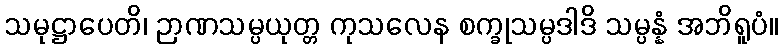
သမုဋ္ဌာပေတိ၊ ဉာဏသမ္ပယုတ္တ ကုသလေန စက္ခုသမ္ပဒါဒိ သမ္ပန္နံ အဘိရူပံ။